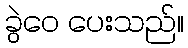
ခွဲဝေ ပေးသည်။